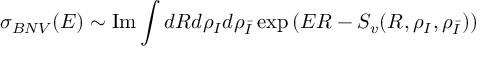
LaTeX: \sigma _ { B N V } ( E ) \sim \mathrm { I m } \int d R d \rho _ { I } d \rho _ { \bar { I } } \exp \left( E R - S _ { v } ( R , \rho _ { I } , \rho _ { \bar { I } } ) \right)